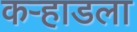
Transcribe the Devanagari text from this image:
कर्‍हाडला